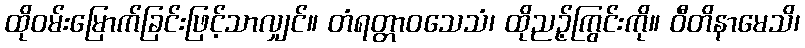
ထိုဝမ်းမြောက်ခြင်းဖြင့်သာလျှင်။ တံရတ္တာဝသေသံ၊ ထိုညဉ့်ကြွင်းကို။ ဝီတိနာမေသိ၊